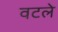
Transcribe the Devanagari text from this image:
वटले